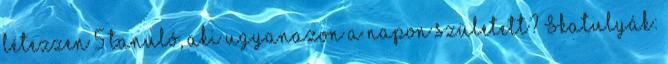
létezzen 5 tanuló, aki ugyanazon a napon született? Skatulyák: